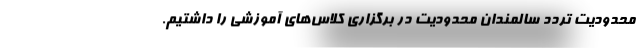
محدودیت تردد سالمندان محدودیت در برگزاری کلاس‌های آموزشی را داشتیم.